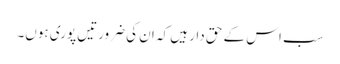
سب اس کے حق دار ہیں کہ ان کی ضرورتیں پوری ہوں۔